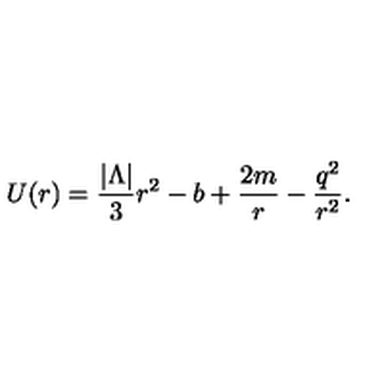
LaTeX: U ( r ) = \frac { | \Lambda | } { 3 } r ^ { 2 } - b + \frac { 2 m } { r } - \frac { q ^ { 2 } } { r ^ { 2 } } .